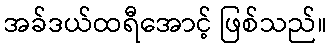
အခ်ဒယ်ထရီအောင့် ဖြစ်သည်။